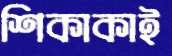
শিকাকাই